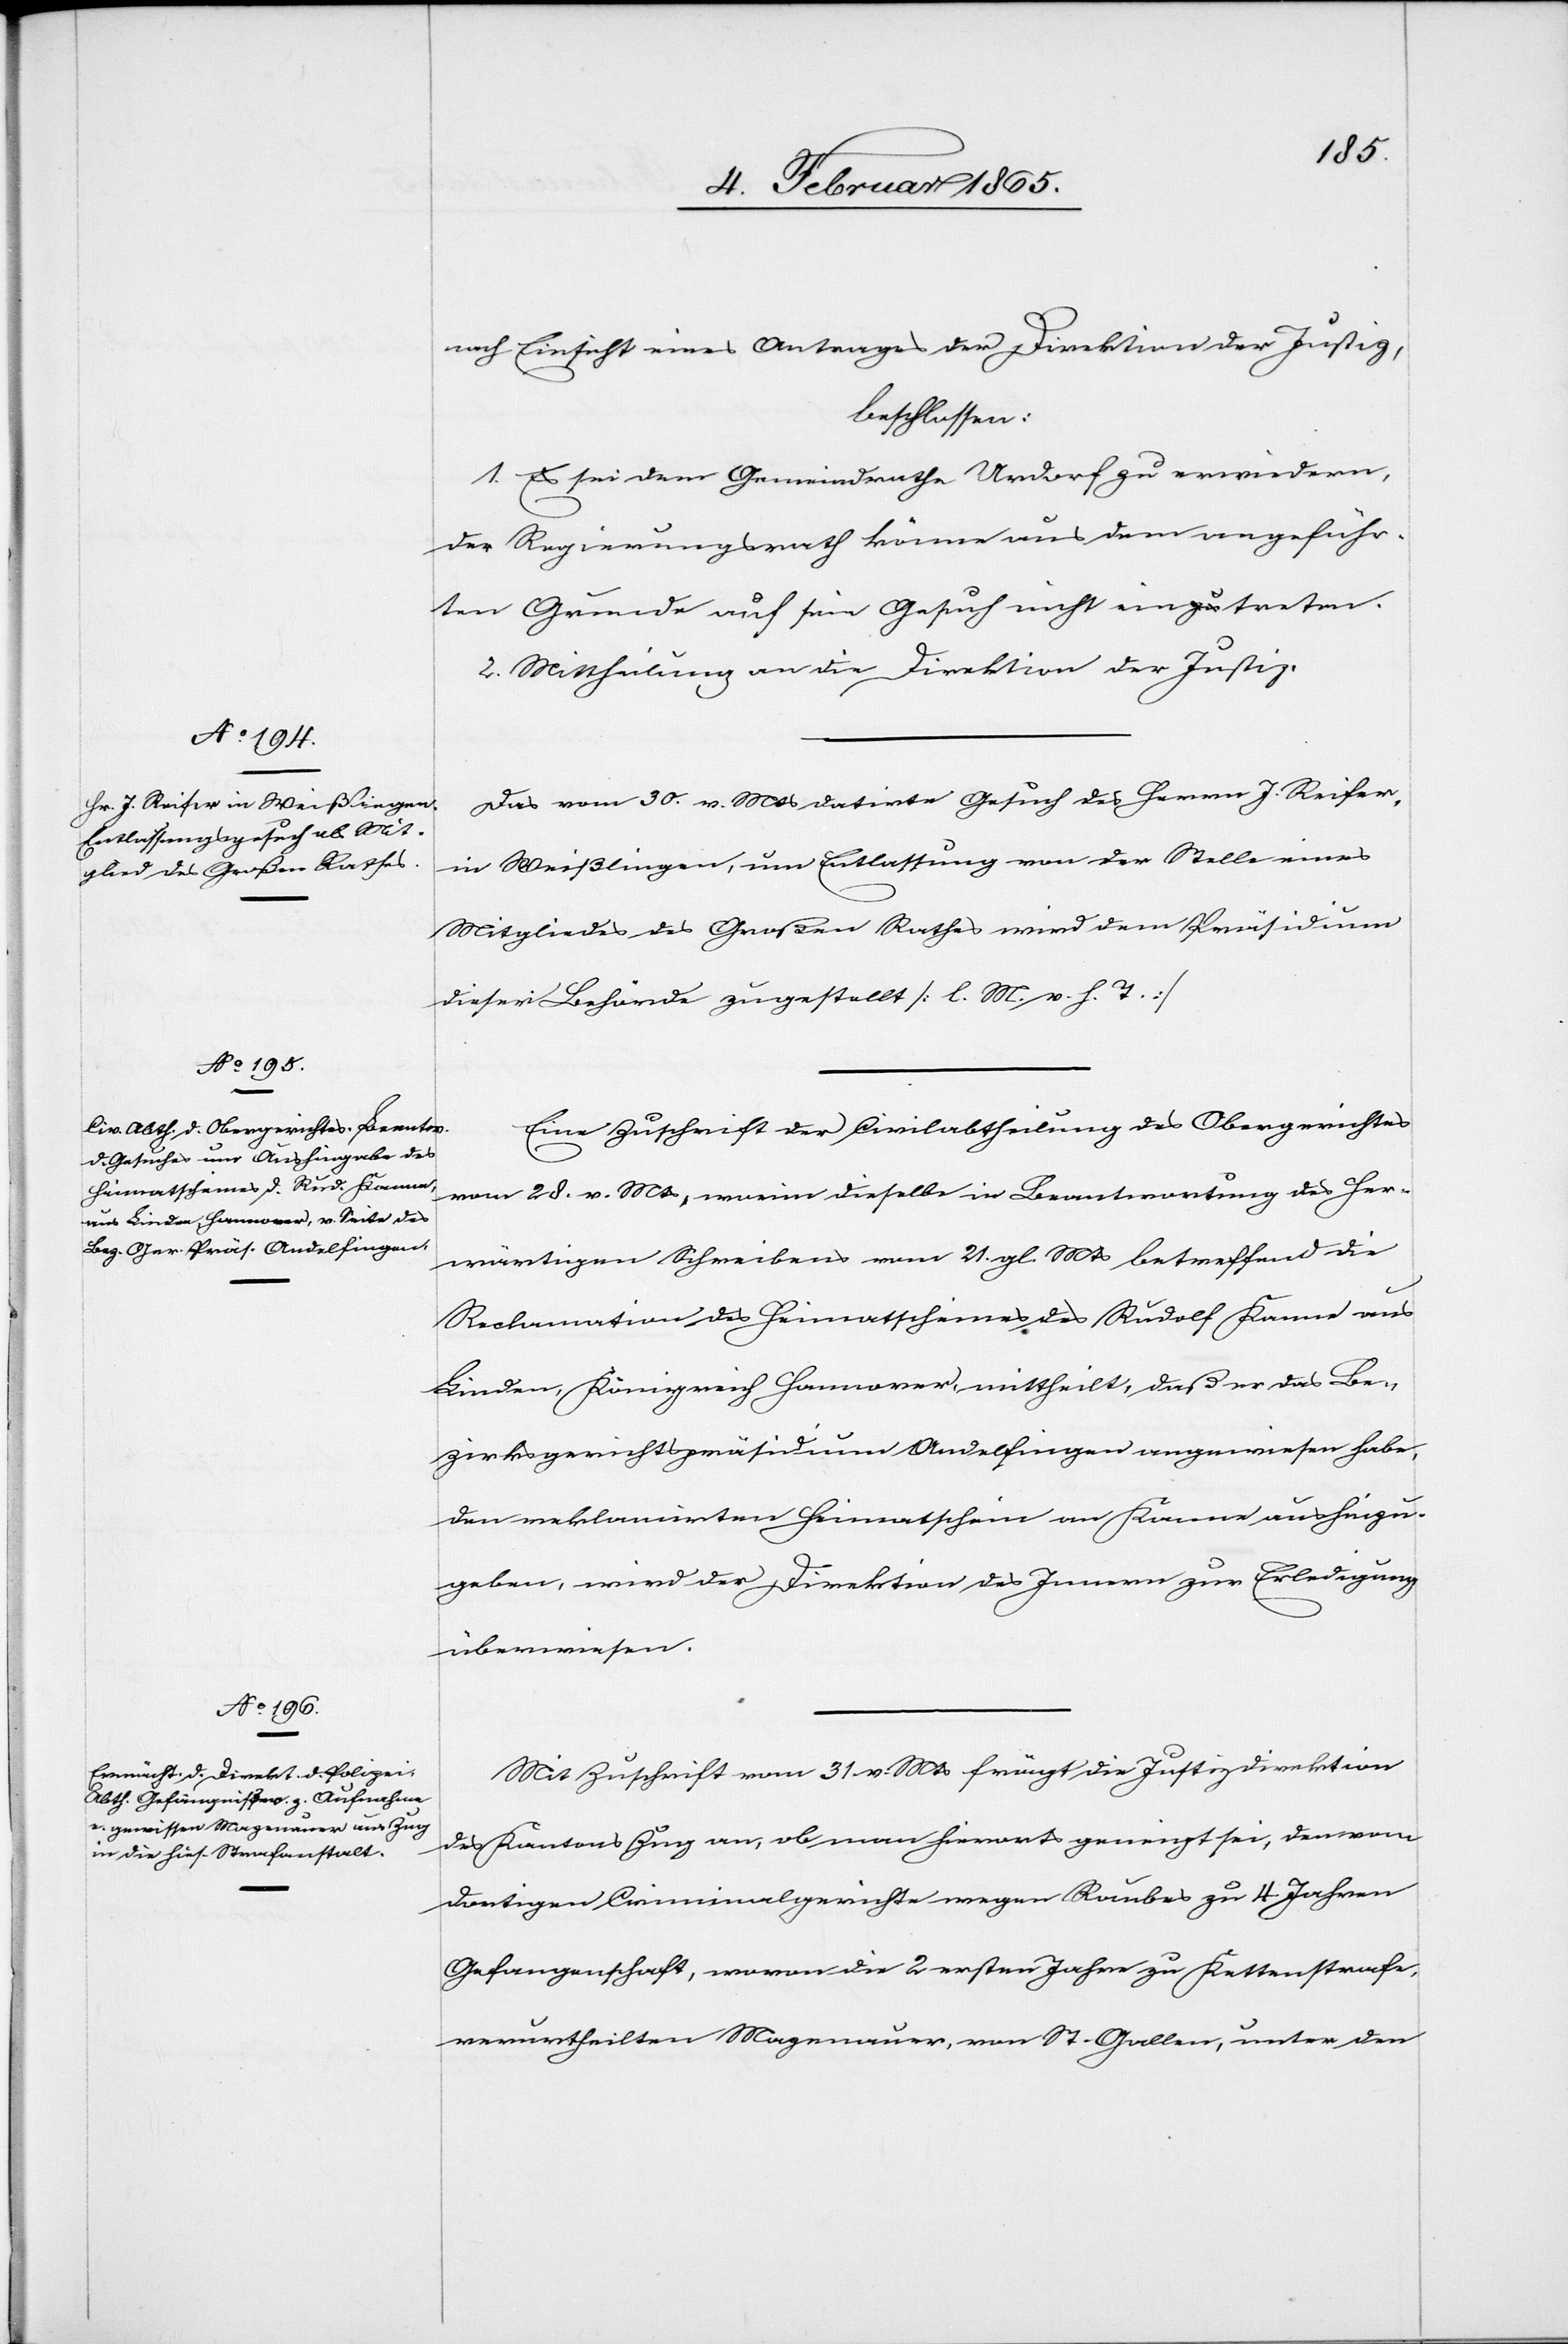
nach Einsicht eines Antrages der Direktion der Justiz,
beschlossen:
1. Es sei dem Gemeindrathe Urdorf zu erwiedern,
der Regierungsrath könne aus dem angeführ¬
ten Grunde auf sein Gesuch nicht eintreten.
2. Mittheilung an die Direktion der Justiz.
Das vom 30. v. Mts datirte Gesuch des Herrn J. Reifer,
in Weißlingen, um Entlassung von der Stelle eines
Mitgliedes des Großen Rathes wird dem Präsidium
dieser Behörde zugestellt [l. M. v. h. T.]
Eine Zuschrift der Civilabtheilung des Obergerichtes
vom 28. v. Mts, worin dieselbe in Beantwortung des her¬
wärtigen Schreibens vom 21. gl. Mts betreffend die
Reclamation des Heimatscheines des Rudolf Kanne aus
Linden, Königreich Hannover, mittheilt, daß er das Be¬
zirksgerichtspräsidium Andelfingen angewiesen habe,
den reklamirten Heimatschein an Kanne aushinzu¬
geben, wird der Direktion des Innern zur Erledigung
überwiesen.
Mit Zuschrift vom 31 v. Mts frägt die Justizdirektion
des Kantons Zug an, ob man hierorts geneigt sei, den vom
dortigen Criminalgerichte wegen Raubes zu 4 Jahren
Gefangenschaft, wovon die 2 ersten Jahre zu Kettenstrafe,
verurtheilten Mazenauer, von St. Gallen, unter den